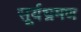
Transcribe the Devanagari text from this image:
सूर्यभ्रमण